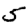
Digit: 5